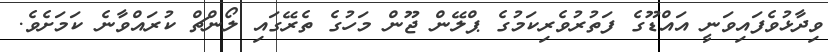
ވިދާޅުވެފައިވަނީ އައްޑޫގެ ފަތުރުވެރިކަމުގެ ޕްލޭން ޖޫން މަހުގެ ތެރޭގައި ލޯންޗް ކުރައްވާނެ ކަމަށެވެ.